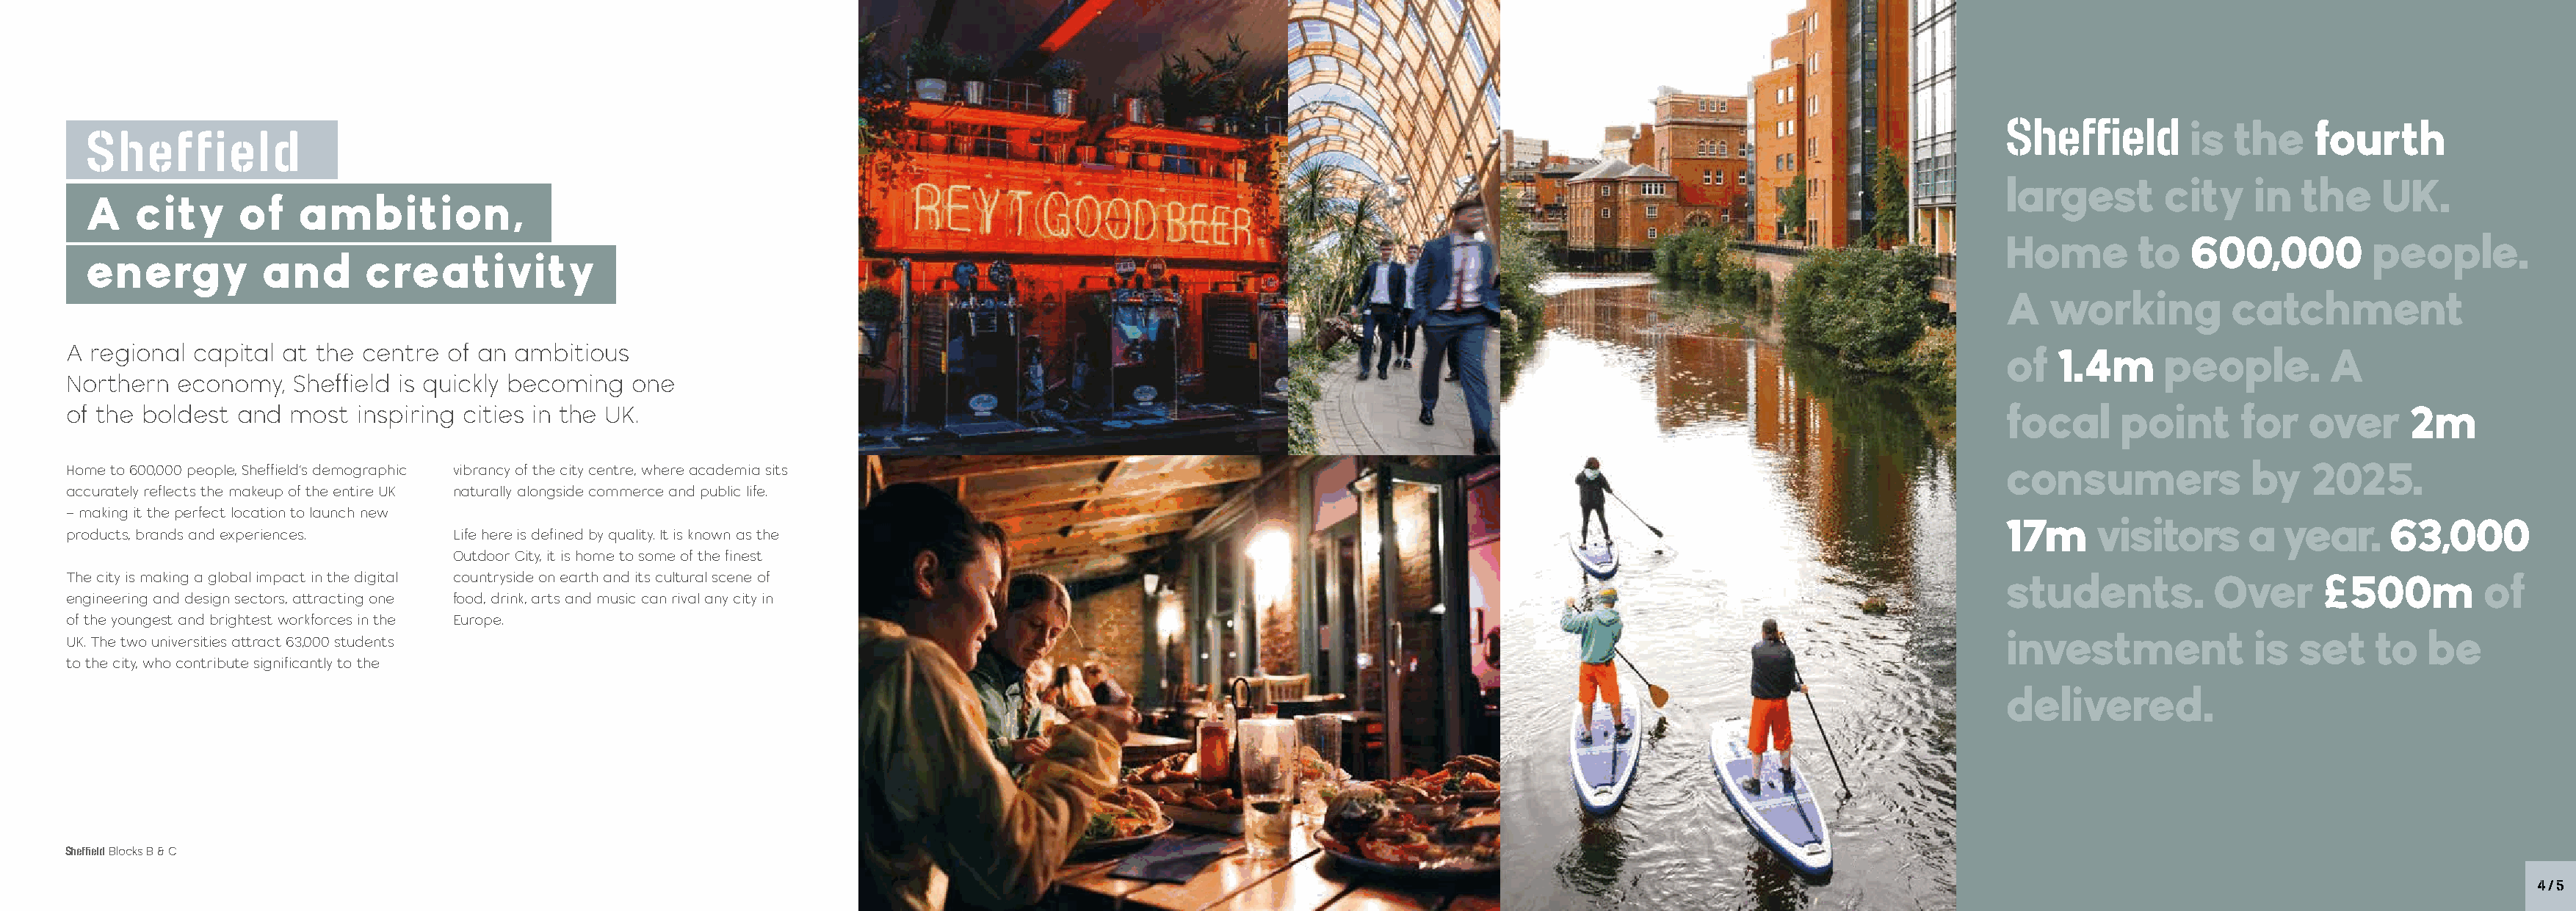
Sheffield
 is  the     fourth
 Sheffield
 largest       city    in  the     UK.
 A   city      of   ambition,
 Home        to  600,000          people.
 energy          and      creativity
 A   working         catchment
 A regional capital at  the centre of an ambitious                                                                                                                              of  1.4m      people.        A
 Northern  economy,  Sheffield is quickly becoming  one
 of the boldest and  most  inspiring cities in the UK.                                                                                                                          focal     point      for   over     2m
 consumers             by   2025.
 Home to 600,000 people, Sheffield’s demographic vibrancy of the city centre, where academia sits
 accurately reflects the makeup of the entire UK naturally alongside commerce and public life.
 – making it the perfect location to launch new
 17m     visitors      a  year.    63,000
 products, brands and experiences.  Life here is defined by quality. It is known as the
 Outdoor City, it is home to some of the finest
 The city is making a global impact in the digital countryside on earth and its cultural scene of                                                                               students.          Over     £500m          of
 engineering and design sectors, attracting one food, drink, arts and music can rival any city in
 of the youngest and brightest workforces in the Europe.
 investment            is  set    to   be
 UK. The two universities attract 63,000 students
 to the city, who contribute significantly to the
 delivered.
 Sheffield Blocks B & C
 4 / 5